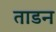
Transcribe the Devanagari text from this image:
ताडन